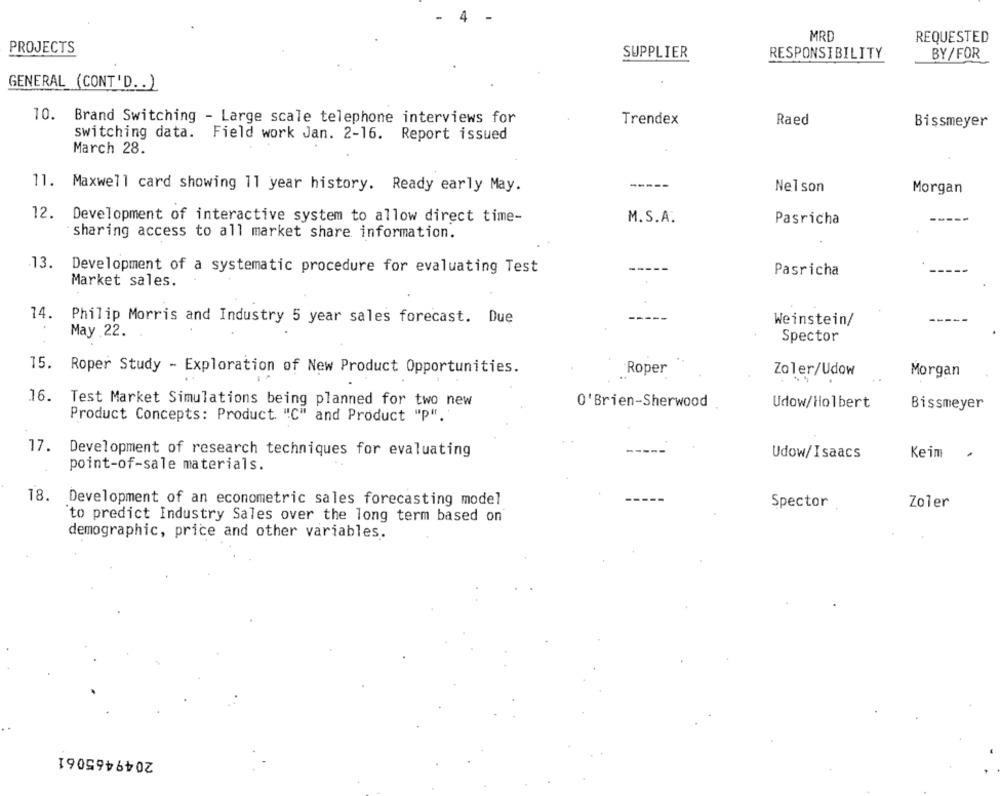
MRD
REQUESTED
PROJECTS
SUPPLIER
RESPONSIBILITY
BY/FOR
GENERAL (CONT'D. . )
10.
Brand Switching - Large scale telephone interviews for
Trendex
Raed
Bissmeyer
switching data. Field work Jan. 2-16. Report issued
March 28.
11. Maxwell card showing 11 year history. Ready early May.
Nelson
Morgan
12.
Development of interactive system to allow direct time-
M.S.A.
Pasricha
sharing access to all market share information.
13
Development of a systematic procedure for evaluating Test
Pasricha
Market sales.
14.
Philip Morris and Industry 5 year sales forecast. Due
Weinstein/
May 22.
Spector
15. Roper Study - Exploration of New Product Opportunities.
Roper
Zoler/Udow
Morgan
16.
Test Market Simulations being planned for two new
O'Brien-Sherwood
Udow/Holbert
Bissmeyer
Product Concepts: Product. "C" and Product "P"."
17.
Development of research techniques for evaluating
Udow/Isaacs
Keim
.
point-of-sale materials.
18.
Development of an econometric sales forecasting model
Spector
Zoler
to predict Industry Sales over the long term based on
demographic, price and other variables.
2049465061